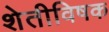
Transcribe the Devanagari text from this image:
शेतीविषक